Veterinary regulations India, 1939 -
Year: 1939
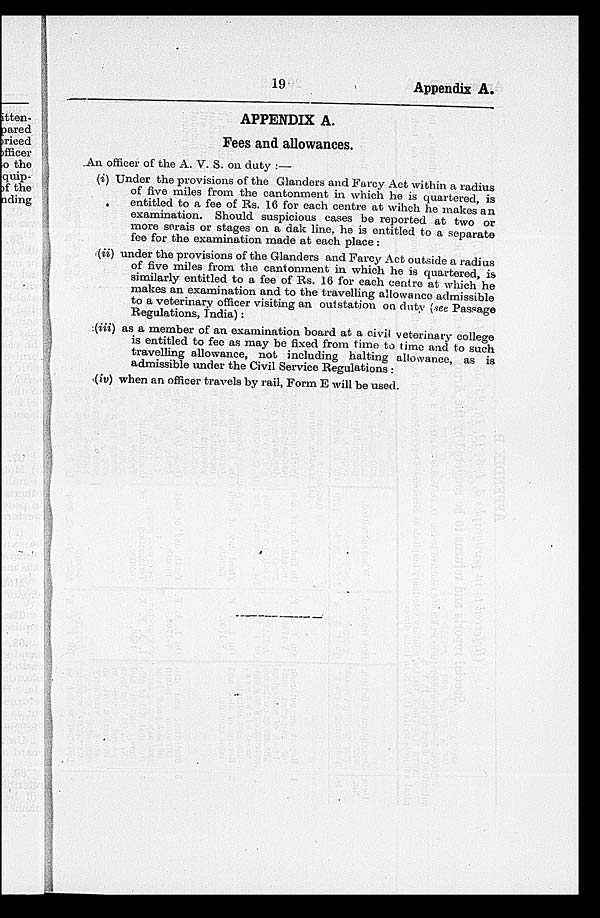
19
Appendix A.
APPENDIX A.
Fees and allowances.
An officer of the A. V. S. on duty :—
(i) Under the provisions of the Glanders and Farcy Act within a radius
of five miles from the cantonment in which he is quartered, is
entitled to a fee of Rs. 16 for each centre at wihch he makes an
examination. Should suspicious cases be reported at two or
more serais or stages on a dak line, he is entitled to a separate
fee for the examination made at each place :
(ii) under the provisions of the Glanders and. Farcy Act outside a radius
of five miles from the cantonment in which he is quartered, is
similarly entitled to a fee of Rs. 16 for each centre at which he
makes an examination and to the travelling allowance admissible
to a veterinary officer visiting an outstation on duty (see Passage
Regulations, India):
(iii) as a member of an examination board at a civil veterinary college
is entitled to fee as may be fixed from time to time and to such
travelling allowance, not including halting allowance, as is
admissible under the Civil Service Regulations :
(iv) when an officer travels by rail, Form E will be used.